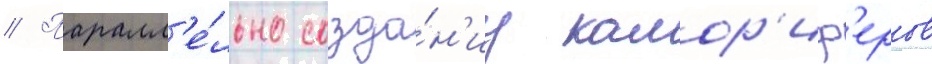
// Паралл'е́льно созда́н'иу калор'иф'еров